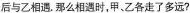
后与乙相遇。那么相遇时，甲、乙各走了多远?